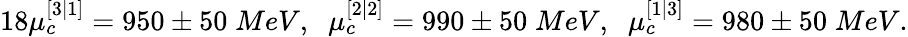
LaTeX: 18\mu_{c}^{[3|1]}=950\pm 50\; MeV,\; \; \mu_{c}^{[2|2]}=990\pm 50\; MeV,\; \; \mu_{c}^{[1|3]}=980\pm 50\; MeV.